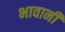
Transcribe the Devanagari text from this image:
भावानी